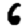
Digit: 6